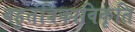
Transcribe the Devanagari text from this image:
बहुतंत्रिकाविकृति